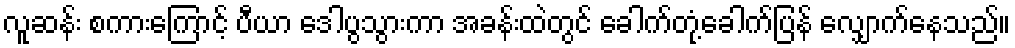
လူဆန်း စကားကြောင့် ပီယာ ဒေါပွသွားကာ အခန်းထဲတွင် ခေါက်တုံ့ခေါက်ပြန် လျှောက်နေသည်။